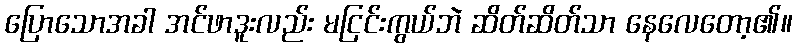
ပြောသောအခါ အင်ဖာဒူးလည်း မငြင်းကွယ်ဘဲ ဆိတ်ဆိတ်သာ နေလေတော့၏။